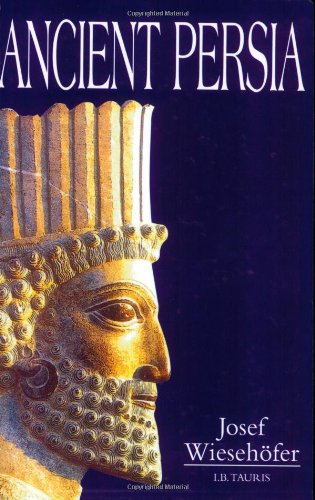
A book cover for Ancient Persia; Josef Wiesehofer; History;